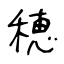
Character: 穂